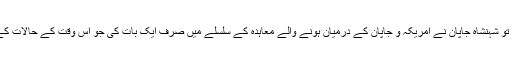
1945ء میں جب دوسری جنگ عظیم ختم ہوئی اور جاپان پر امریکہ کا قبضہ ہو گیا تو شہنشاہ جاپان نے امریکہ و جاپان کے درمیان ہونے والے معاہدہ کے سلسلے میں صرف ایک بات کی جو اس وقت کے حالات کے پیش نظر بڑی غیر اہم سی نظر آتی تھی اور جسے امریکیوں نے فوراً تسلیم کر لیا۔